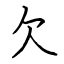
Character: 欠